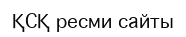
ҚСҚ ресми сайты